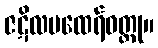
ဇဋိလမထေရ်ဝတ္ထု။